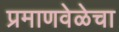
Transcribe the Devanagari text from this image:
प्रमाणवेळेचा